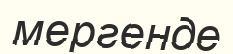
мергенде